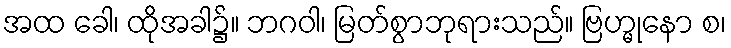
အထ ခေါ၊ ထိုအခါ၌။ ဘဂဝါ၊ မြတ်စွာဘုရားသည်။ ဗြဟ္မုနော စ၊